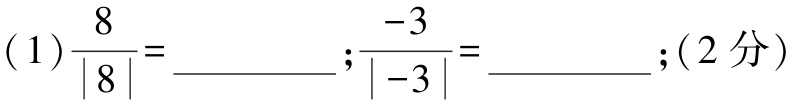
(1)$\frac{8}{|8|}=\underline{\qquad\qquad};\frac{-3}{|-3|}=\underline{\qquad\qquad};(2分)$